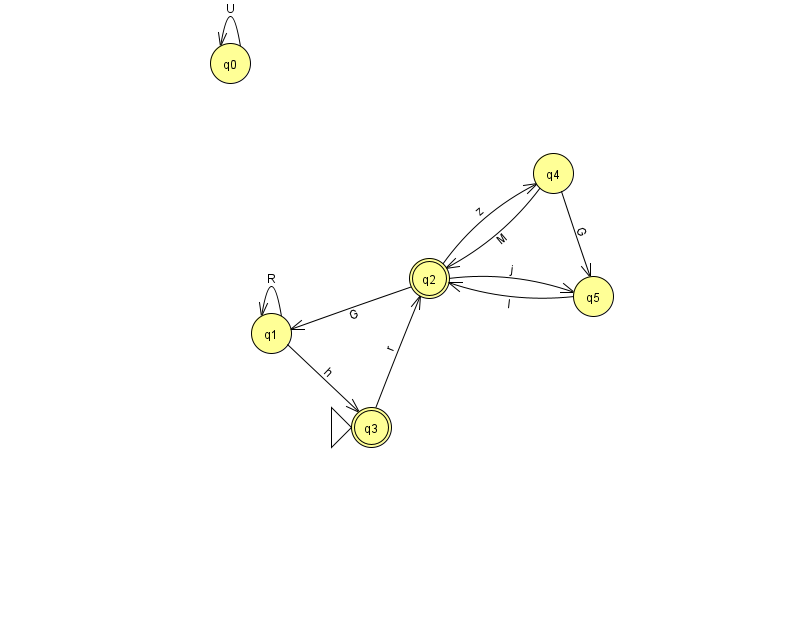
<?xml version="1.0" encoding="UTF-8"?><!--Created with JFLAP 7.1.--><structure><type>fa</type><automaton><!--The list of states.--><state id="0" name="q0"><x>230.0</x><y>50.0</y></state><state id="1" name="q1"><x>271.0</x><y>320.0</y></state><state id="2" name="q2"><x>429.0</x><y>265.0</y><final/></state><state id="3" name="q3"><x>371.0</x><y>414.0</y><initial/><final/></state><state id="4" name="q4"><x>553.0</x><y>160.0</y></state><state id="5" name="q5"><x>593.0</x><y>283.0</y></state><!--The list of transitions.--><transition><from>1</from><to>1</to><read>R</read></transition><transition><from>2</from><to>4</to><read>z</read></transition><transition><from>4</from><to>2</to><read>M</read></transition><transition><from>0</from><to>0</to><read>U</read></transition><transition><from>1</from><to>3</to><read>h</read></transition><transition><from>3</from><to>2</to><read>r</read></transition><transition><from>2</from><to>5</to><read>j</read></transition><transition><from>4</from><to>5</to><read>G</read></transition><transition><from>2</from><to>1</to><read>G</read></transition><transition><from>5</from><to>2</to><read>l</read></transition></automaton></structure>